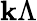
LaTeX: \mathbf{k}\Lambda